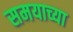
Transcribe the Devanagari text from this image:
समयाच्या